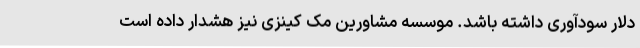
دلار سودآوری داشته باشد. موسسه مشاورین مک کینزی نیز هشدار داده است